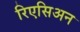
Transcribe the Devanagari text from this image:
रिएसिअन